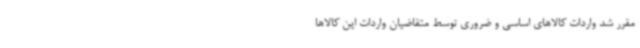
مقرر شد واردات کالاهای اساسی و ضروری توسط متقاضیان واردات این کالاها